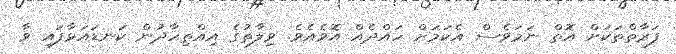
ފަރާތްތަކަށް އޮތް ނަމަވެސް އެކަމަށް ހައްދެއް އޮވެއެވެ. ވިލާތުގެ އިއްތިހާދުން ކަނޑައަޅާފައި ވާ